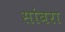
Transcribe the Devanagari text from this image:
सांंबरा